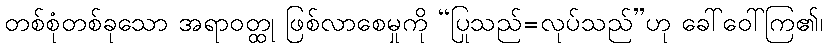
တစ်စုံတစ်ခုသော အရာဝတ္ထု ဖြစ်လာစေမှုကို “ပြုသည်=လုပ်သည်”ဟု ခေါ်ဝေါ်ကြ၏၊